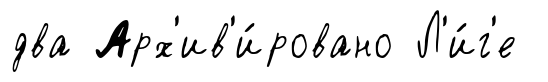
два Арх'ив'и́ровано Л'и́г'е